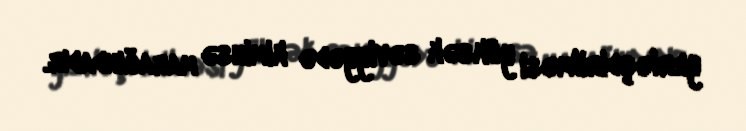
yerləşdirilməsi yüksək səviyyədə kiminsə marağındadır.